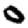
Digit: 0